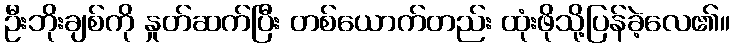
ဦးဘိုးချစ်ကို နှုတ်ဆက်ပြီး တစ်ယောက်တည်း ထုံးဖိုသို့ပြန်ခဲ့လေ၏။